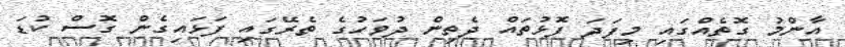
އާންމު ގޮތެއްގައި މިފަދަ ފޮޅުތައް ދެތިން ދުވަހުގެ ތެރޭގައި ފަޅައިގެން ގޮސް ކުޑަ